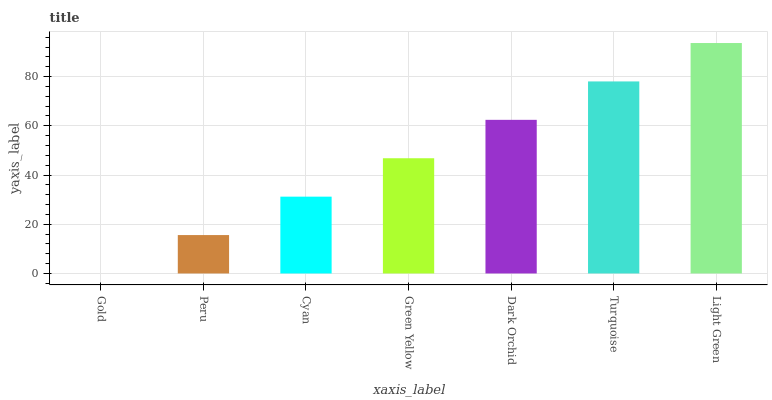
| xaxis_label | bars |
 | --- | --- |
 | Gold | 0 |
 | Peru | 15.6 |
 | Cyan | 31.2 |
 | Green Yellow | 46.8 |
 | Dark Orchid | 62.4 |
 | Turquoise | 78 |
 | Light Green | 93.7 |